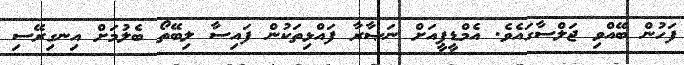
ފަހުން ބޭއްވި ޖަލްސާގައެވެ. އެމްޑީޕީއަށް ނަޞާރާ ފައްޅިތަކުން ފައިސާ ލިބޭތޯ ބެލުމަށް އިނގިރޭސި